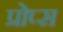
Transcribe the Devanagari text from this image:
प्रोप्स